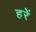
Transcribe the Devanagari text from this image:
हरें